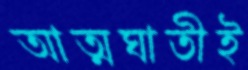
আত্মঘাতীই